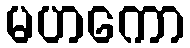
မဟကော